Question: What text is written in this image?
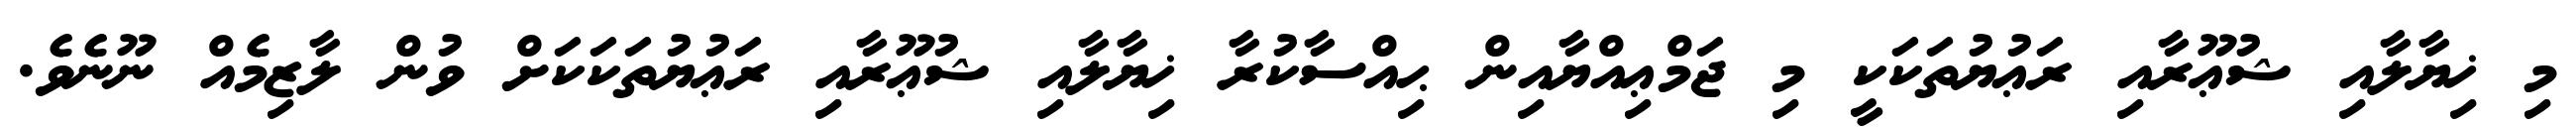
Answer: މި ޚިޔާލާއި ޝުޢޫރާއި ރަޢުޔުތަކަކީ މި ޖަމްޢިއްޔާއިން ޙިއްސާކުރާ ޚިޔާލާއި ޝުޢޫރާއި ރަޢުޔުތަކަކަށް ވުން ލާޒިމެއް ނޫނެވެ.